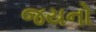
જયનો